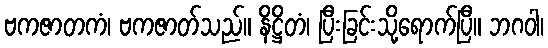
ဗကဇာတကံ၊ ဗကဇာတ်သည်။ နိဋ္ဌိတံ၊ ပြီးခြင်းသို့ရောက်ပြီ။ ဘဂဝါ၊